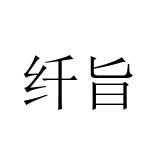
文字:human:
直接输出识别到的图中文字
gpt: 纤旨